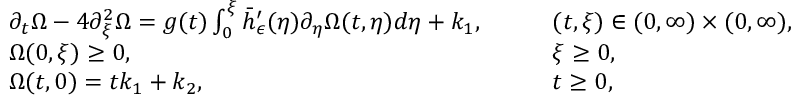
\begin{array} { r l r l } & { \partial _ { t } \Omega - 4 \partial _ { \xi } ^ { 2 } \Omega = g ( t ) \int _ { 0 } ^ { \xi } \bar { h } _ { \epsilon } ^ { \prime } ( \eta ) \partial _ { \eta } \Omega ( t , \eta ) d \eta + k _ { 1 } , \quad } & & { ( t , \xi ) \in ( 0 , \infty ) \times ( 0 , \infty ) , } \\ & { \Omega ( 0 , \xi ) \geq 0 , \quad } & & { \xi \geq 0 , } \\ & { \Omega ( t , 0 ) = t k _ { 1 } + k _ { 2 } , \quad } & & { t \geq 0 , } \end{array}